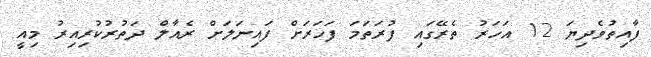
ފާއިތުވެދިޔަ 12 އަހަރު ތެރޭގައި ފުރަތަމަ ފަހަރަށް ފައިނަލަށް ރެއާލް ދަތުރުކުރިއިރު މިއީ